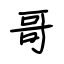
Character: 哥